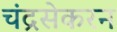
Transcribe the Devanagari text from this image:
चंद्रसेकरन